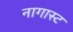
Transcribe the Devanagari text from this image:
नागास्ट